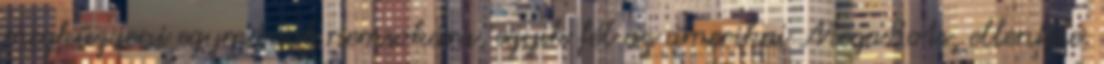
megküzdeni egymással nemsokára, egyik fél az amerikai MegaBots, ellenfele.